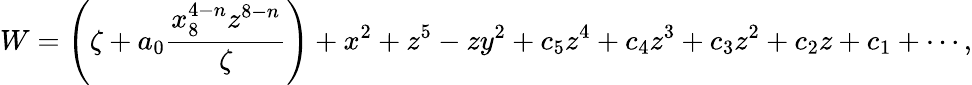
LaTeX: W=\left(\zeta+a_{0}\frac{x_{8}^{4-n}z^{8-n}}{\zeta}\right)+x^{2}+z^{5}-zy^{2}+c_{5}z^{4}+c_{4}z^{3}+c_{3}z^{2}+c_{2}z+c_{1}+\cdots,